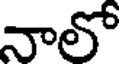
నాలో